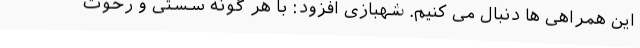
این همراهی ها دنبال می کنیم. شهبازی افزود: با هر گونه سستی و رخوت